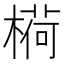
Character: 𬄋